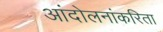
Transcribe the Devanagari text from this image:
आंदोलनांकरिता